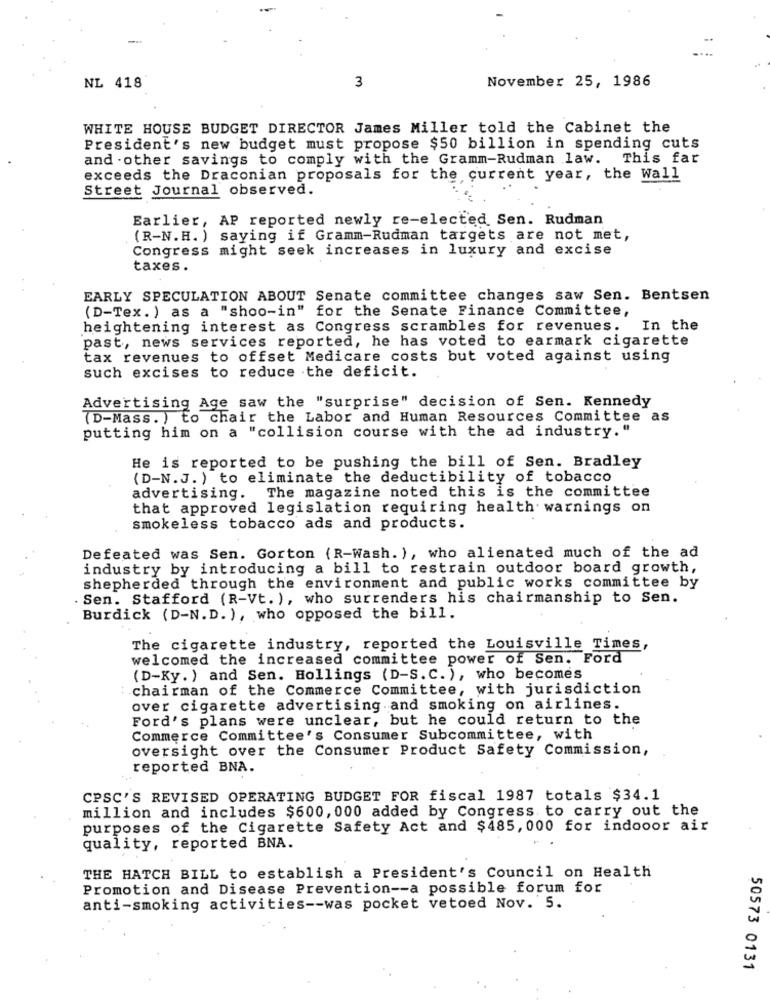
3
November 25, 1986
NL 418
WHITE HOUSE BUDGET DIRECTOR James Miller told the Cabinet the
President's new budget must propose $50 billion in spending cuts
and . other savings to comply with the Gramm-Rudman law. This far
exceeds the Draconian proposals for the current year, the Wall
Street Journal observed.
Earlier, AP reported newly re-elected Sen. Rudman
(R-N.H. ) saying if Gramm-Rudman targets are not met,
Congress might seek increases in luxury and excise
taxes.
EARLY SPECULATION ABOUT Senate committee changes saw Sen. Bentsen
(D-Tex. ) as a "shoo-in" for the Senate Finance Committee,
heightening interest as Congress scrambles for revenues. In the
past, news services reported, he has voted to earmark cigarette
tax revenues to offset Medicare costs but voted against using
such excises to reduce the deficit.
Advertising Age saw the "surprise" decision of Sen. Kennedy
(D-Mass. ) to chair the Labor and Human Resources Committee as
putting him on a "collision course with the ad industry."
He is reported to be pushing the bill of Sen. Bradley
(D-N.J.) to eliminate the deductibility of tobacco
advertising. The magazine noted this is the committee
that approved legislation requiring health warnings on
smokeless tobacco ads and products.
Defeated was Sen. Gorton (R-Wash. ), who alienated much of the ad
industry by introducing a bill to restrain outdoor board growth,
shepherded through the environment and public works committee by
. Sen. Stafford (R-Vt. ), who surrenders his chairmanship to Sen.
Burdick (D-N.D. ), who opposed the bill.
The cigarette industry, reported the Louisville Times,
welcomed the increased committee power of Sen. Ford
(D-Ky. ) and Sen. Hollings (D-S. C. ), who becomes
chairman of the Commerce Committee, with jurisdiction
over cigarette advertising and smoking on airlines.
Ford's plans were unclear, but he could return to the
Commerce Committee's Consumer Subcommittee, with
oversight over the Consumer Product Safety Commission,
reported BNA.
CPSC'S REVISED OPERATING BUDGET FOR fiscal 1987 totals $34.1
million and includes $600, 000 added by Congress to carry out the
purposes of the Cigarette Safety Act and $485, 000 for indooor air
quality, reported BNA.
THE HATCH BILL to establish a President's Council on Health
Promotion and Disease Prevention -- a possible forum for
anti-smoking activities -- was pocket vetoed Nov. 5.
50573 0131